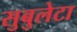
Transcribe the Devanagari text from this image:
सुबुलेटा